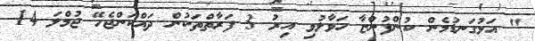
" އަޅުގަނޑުމެން ކުންފުންޏާ ހަވާލުވި އިރު 3 ފަރާތްތަކުން ދައްކަންޖެހޭ ޖުމްލަ 14